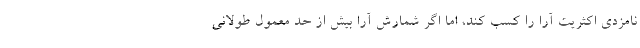
نامزدی اکثریت آرا را کسب کند، اما اگر شمارش آرا بیش از حد معمول طولانی